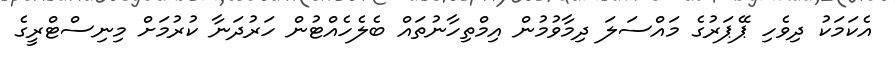
އެކަމަކު ދިވެހި ޕޭޕަރުގެ މައްސަލަ ދިމާވުމުން އިމްތިހާނުތައް ބެލެހެއްޓުން ހަރުދަނާ ކުރުމަށް މިނިސްޓްރީގެ